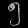
Digit: ၅